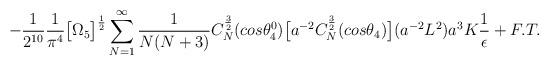
LaTeX: \begin{align*}-\frac{1}{2^{10}}\frac{1}{\pi^4}\big{[}\Omega_5\big{]}^{\frac{1}{2}}\sum_{N=1}^{\infty}\frac{1}{N(N + 3)}C_N^{\frac{3}{2}}(cos{\theta_4^0})\big{[}a^{-2}C_N^{\frac{3}{2}}(cos{\theta_4})\big{]}(a^{-2}L^2)a^3K \frac{1}{\epsilon} + F. T.\end{align*}